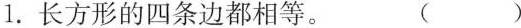
１.长方形的四条边都相等。 ( )